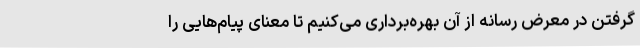
گرفتن در معرض رسانه از آن بهره‌برداری می‌کنیم تا معنای پیام‌هایی را